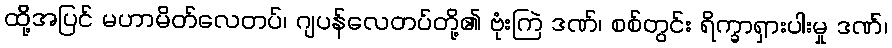
ထို့အပြင် မဟာမိတ်လေတပ်၊ ဂျပန်လေတပ်တို့၏ ဗုံးကြဲ ဒဏ်၊ စစ်တွင်း ရိက္ခာရှားပါးမှု ဒဏ်၊